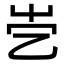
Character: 𡴄